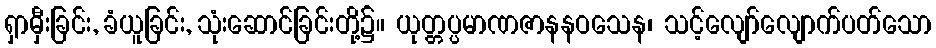
ရှာမှီးခြင်း, ခံယူခြင်း, သုံးဆောင်ခြင်းတို့၌။ ယုတ္တပ္ပမာဏဇာနနဝသေန၊ သင့်လျော်လျောက်ပတ်သော